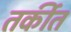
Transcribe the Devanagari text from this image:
तर्कीत